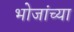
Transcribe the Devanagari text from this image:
भोजांच्या